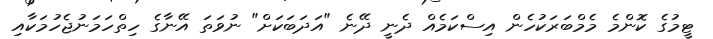
ޓީމުގެ ކޮންމެ މެމްބަރަކުހެން އިސްކަމެއް ދެނީ ދޭނެ "އަދަބަކަށް" ނުވަތަ އޭނާގެ ހިތްހަމަނުޖެހުމަކާއި